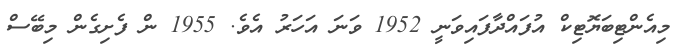
މިއެންޓިބަޔޮޓިކް އުފައްދާފައިވަނީ 1952 ވަނަ އަހަރު އެވެ. 1955 ން ފެށިގެން މިބޭސް